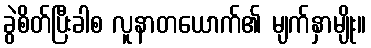
ခွဲစိတ်ပြီးခါစ လူနာတယောက်၏ မျက်နှာမျိုး။